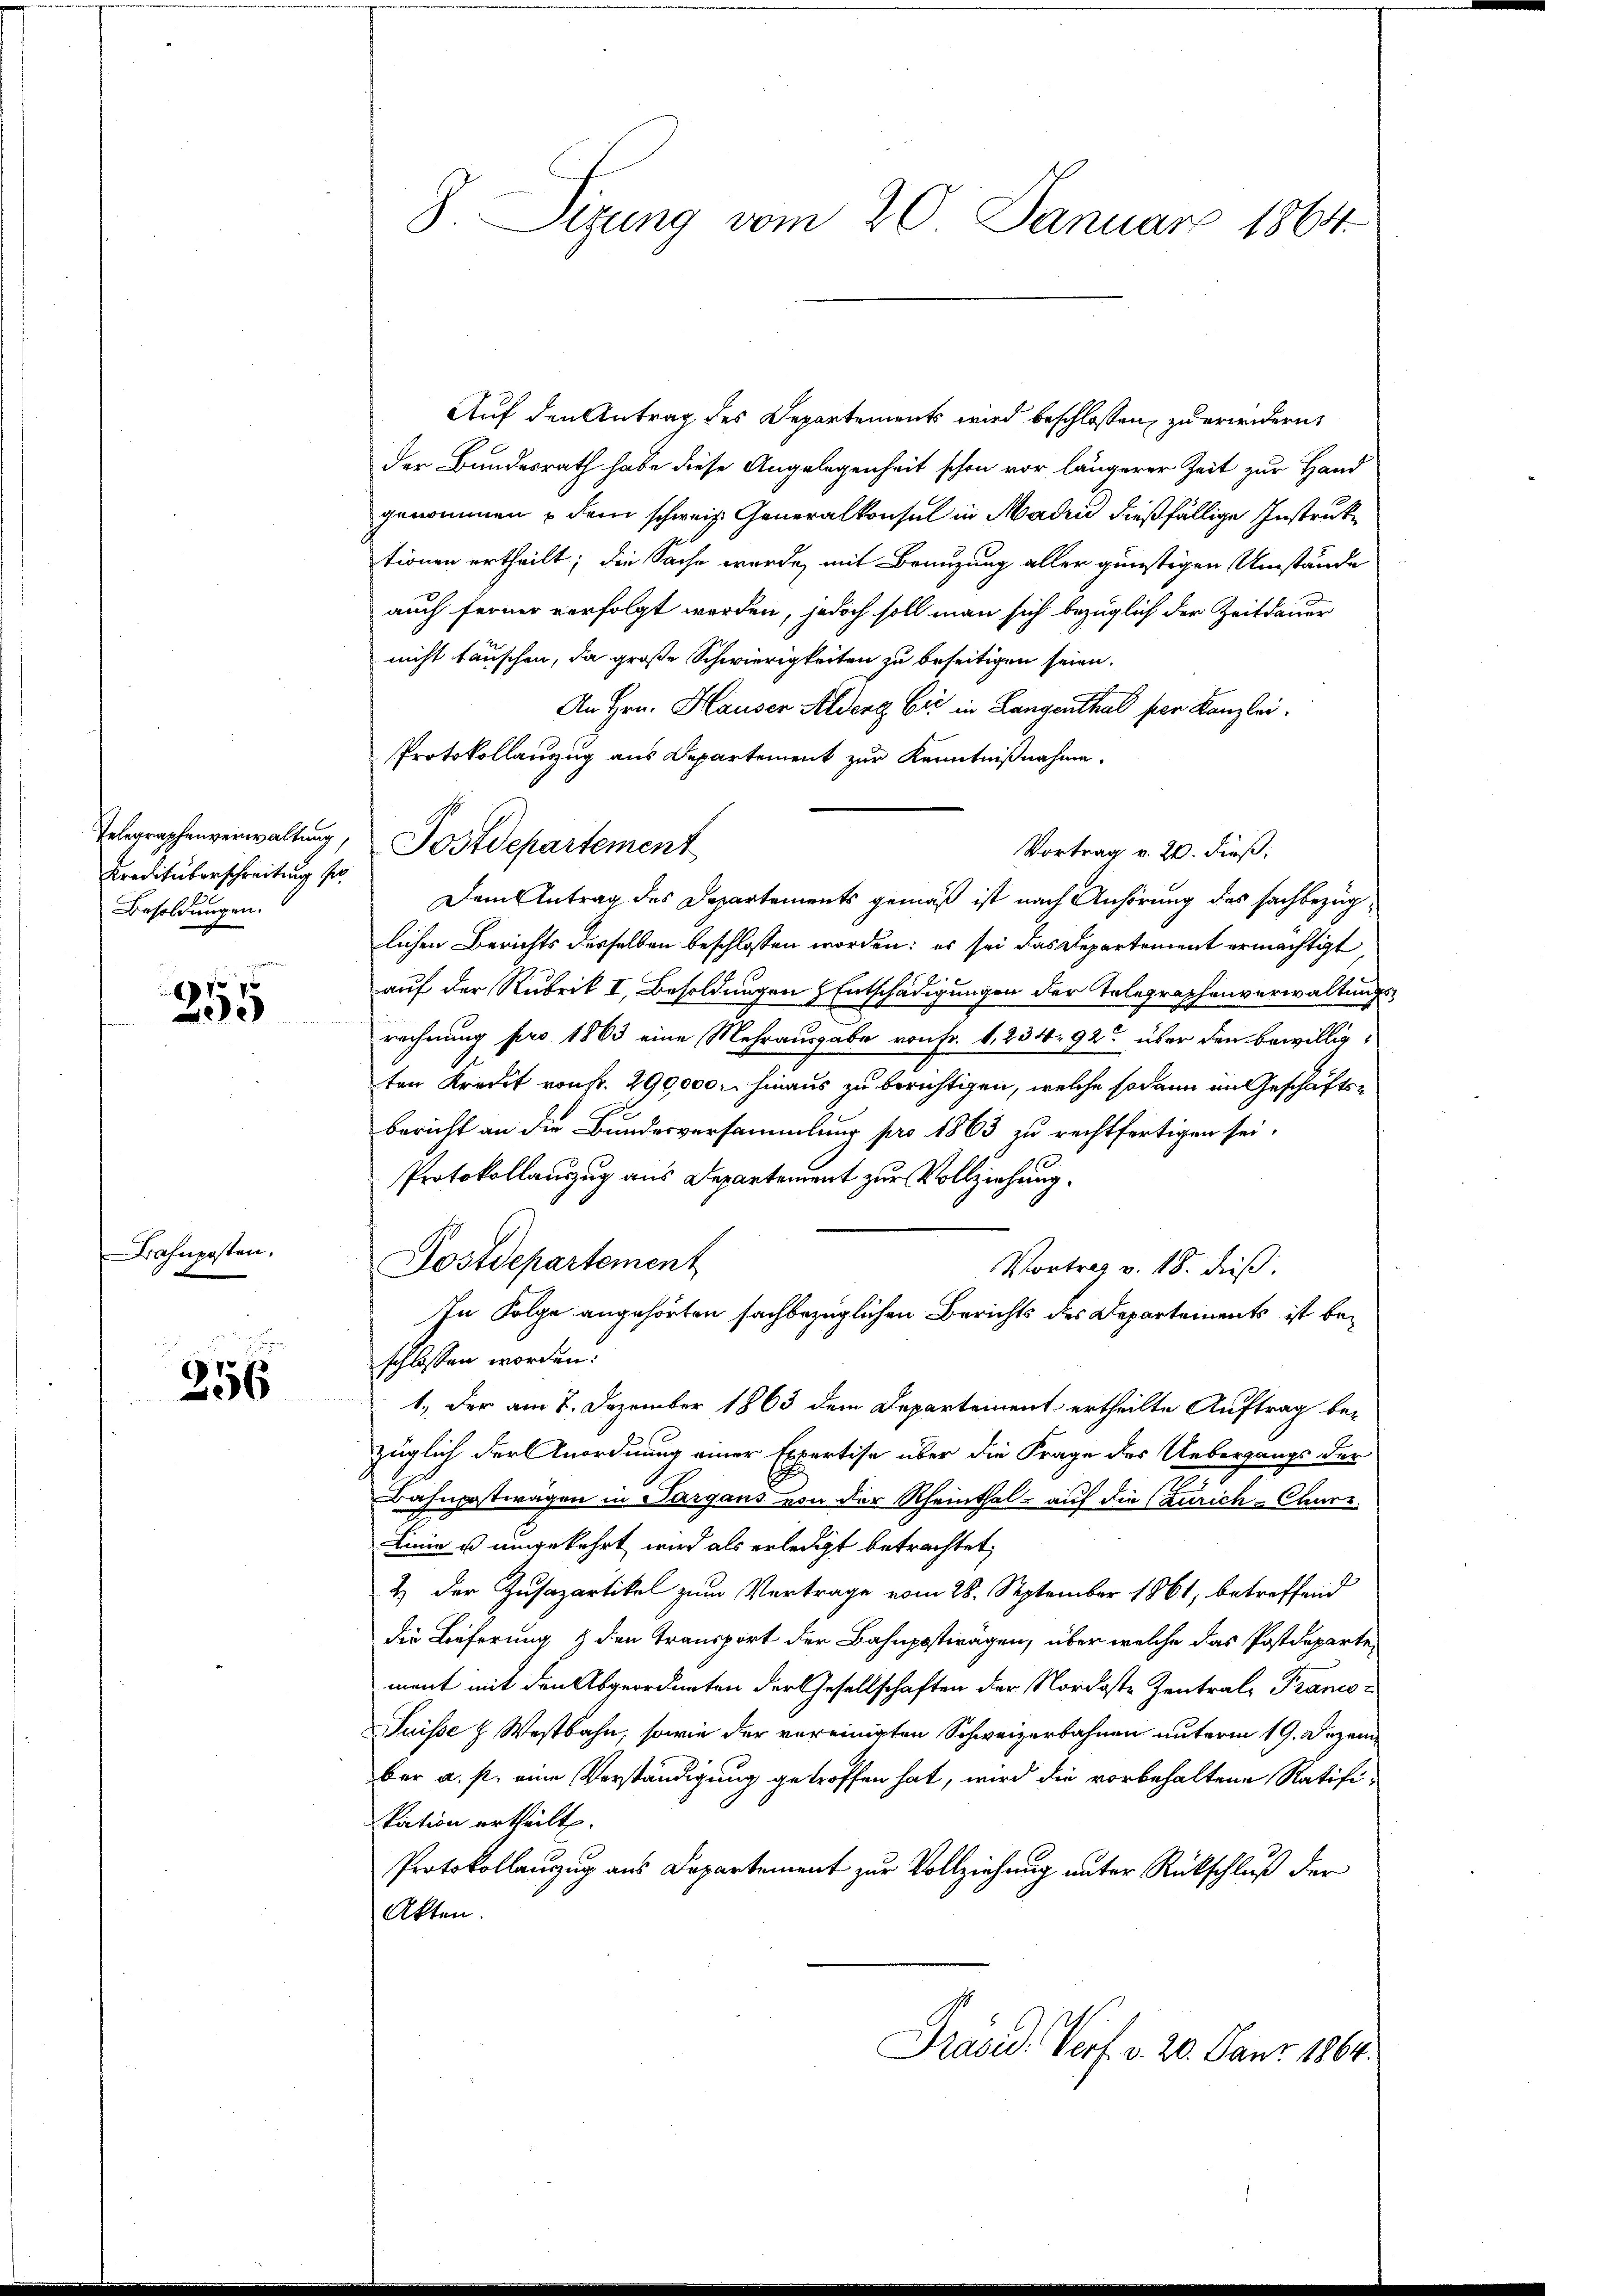
Telegraphenverwaltung,
Kreditüberschreitung der
Besoldungen.

f 9 x
.
2

Bahnposten.

256

.

. Sizung vom 20. Januar 1864

Auf den Antrag des Departements wird beschlossen, zu erwidern,
der Bundesrath habe diese Angelegenheit schon vor längerer Zeit zur Hand
genommen u dem schweiz. Generalkonsul in Madin dießfällige Instruktionen ertheilt; die Sache wurde, mit Brauzung aller günstigen Umstände
auch ferner verfolgt werden, jedoch soll man sich bezüglich der Zeitdauer
nicht tauschen, da große Schwierigkeiten zu beseitigen seien.
An Hrn. Hauser Alberg Eić in Langenthal per Kanzlei.
Protokollauszug aus Departement zur Kenntnißnahme.
Postdepartement
Vortrag v. 20. dieß,
Dem Antrag des Departements gemäß ist nach Anhörung des sachbezüglichen Berichts derselben beschlossen worden: es sei das Departement ermächtigt
auf der Rubrik I, Besoldungen Entschädigungen der Telegraphenverwaltungsrechnung pro 1863 eine Mehrausgabe von Fr. 1. 234. 92 über den bewilligten Kredit von Fr. 290,000 M. hinaus zu berichtigen, welche sodann im Geschäfts¬
Bericht an die Bundesversammlung pro 1863 zu rechtfertigen sei.
Protokollauszug aus Departement zur Vollziehung.
Postdepartement
Vortrag v. 18. dieß.
In Folge angehörten sachbezüglichen Berichts des Departements ist beschlossen worden.
1., der am 2. Dezember 1863 dem Departement ertheilte Auftrag bezüglich der Anordnung einer Expertise über die Frage des Uebergangs der
Bahnpostwagen in Sargans von der Rheinthal - auf die (Zürich-Charz
Linie u umgekehrt wird als erledigt betrachtet,
2) der Zusazartikel zum Vertrage vom 28. September 1861, betreffend
die Leiferung & den Transport der Bahnpotirägen, über welche das Postdepartement mit den Abgeordneten der Gesellschaften der Nordoste Zentrale Pranco¬
Suisse & Westbahn, sowie der vereinigten Schweizerbahnen unterm 19. Dezem
bar a. p. eine Verständigung getroffen hat, wird die vorbehaltene Ratifikation ertheilt.
Protokollanzug aus Departement zur Vollziehung unter Rückschluß der
Akten.
Präsid. Porf. v. 20. Janr. 1864.